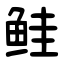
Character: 鲑